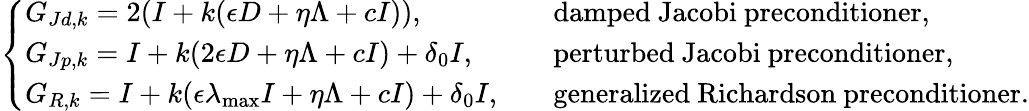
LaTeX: \left\{ \begin{array}{ll}{G_{Jd,k}=2(I+k(\epsilon D+\eta\Lambda+cI)),\quad}&{\mathrm{damped~Jacobi~preconditioner},}\\ {G_{Jp,k}=I+k(2\epsilon D+\eta\Lambda+cI)+\delta_{0}I,\quad}&{\mathrm{perturbed~Jacobi~preconditioner},}\\ {G_{R,k}=I+k(\epsilon\lambda_{\operatorname*{max}}I+\eta\Lambda+cI)+\delta_{0}I,\quad}&{\mathrm{generalized~Richardson~preconditioner}.}\end{array}\right.